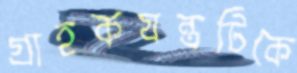
গ্রাহকযন্ত্রটিকে